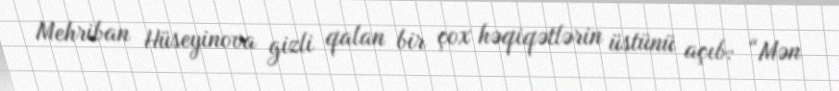
Mehriban Hüseyinova gizli qalan bir çox həqiqətlərin üstünü açıb: “Mən